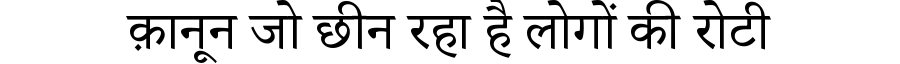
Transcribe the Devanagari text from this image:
क़ानून जो छीन रहा है लोगों की रोटी